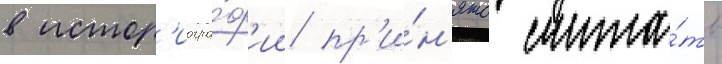
в истор'иогра́ф'ии пр'и́н'ято счита́ть